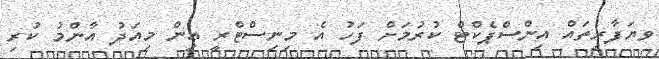
ވޔަފާރިތައް އިންސްޕެކްޓް ކުރުމަށް ފަހު އެ މިނިސްޓްރީ އިން މިއަދު އާންމު ކުރި